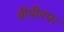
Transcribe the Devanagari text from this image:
वीपीएफ